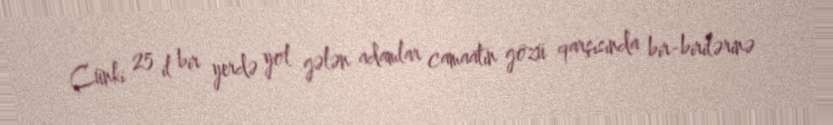
Çünki 25 il bir yerdə yol gələn adamlar camaatın gözü qarşısında bir-birilərinə